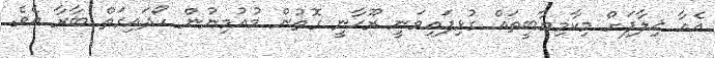
އެއާ ޚިލާފަށް މިކާމިޔާބީތައް ގުޅިފައިވަނީ ރޫޙާނީ ގޮތުން މުއުމިނުން ހޯދައިގަތް ބާރާ އެވެ.